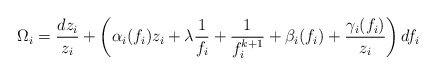
\begin{align*}\Omega_i = \frac{dz_i}{z_i} + \left( \alpha_i(f_i) z_i + \lambda\frac{1}{f_i} + \frac{1}{f_i^{k+1}} + \beta_i(f_i)+\frac{\gamma_i(f_i)}{z_i} \right)df_i \,\end{align*}